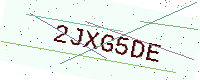
Text: 2JXG5DE